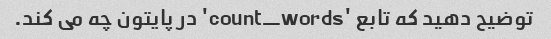
توضیح دهید که تابع 'count_words' در پایتون چه می کند.